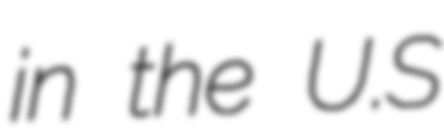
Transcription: in the U.S